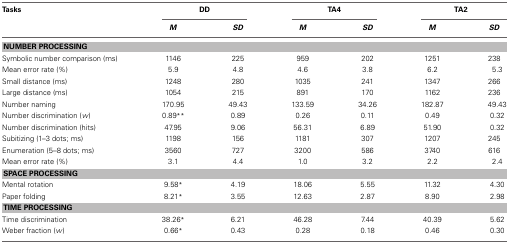
<table><thead><tr><td><b>Tasks</b></td><td colspan="2"><b>DD</b></td><td colspan="2"><b>TA4</b></td><td colspan="2"><b>TA2</b></td></tr><tr><td></td><td><b><i>M</i></b></td><td><b><i>SD</i></b></td><td><b><i>M</i></b></td><td><b><i>SD</i></b></td><td><b><i>M</i></b></td><td><b><i>SD</i></b></td></tr></thead><tbody><tr><td colspan="7"><b>NUMBER PROCESSING</b></td></tr><tr><td>Symbolic number comparison (ms)</td><td>1146</td><td>225</td><td>959</td><td>202</td><td>1251</td><td>238</td></tr><tr><td>Mean error rate (%)</td><td>5.9</td><td>4.8</td><td>4.6</td><td>3.8</td><td>6.2</td><td>5.3</td></tr><tr><td>Small distance (ms)</td><td>1248</td><td>280</td><td>1035</td><td>241</td><td>1347</td><td>266</td></tr><tr><td>Large distance (ms)</td><td>1054</td><td>215</td><td>891</td><td>170</td><td>1162</td><td>236</td></tr><tr><td>Number naming</td><td>170.95</td><td>49.43</td><td>133.59</td><td>34.26</td><td>182.87</td><td>49.43</td></tr><tr><td>Number discrimination (<i>w</i>)</td><td>0.89<sup>**</sup></td><td>0.89</td><td>0.26</td><td>0.11</td><td>0.49</td><td>0.32</td></tr><tr><td>Number discrimination (hits)</td><td>47.95</td><td>9.06</td><td>56.31</td><td>6.89</td><td>51.90</td><td>0.32</td></tr><tr><td>Subitizing (1–3 dots; ms)</td><td>1198</td><td>156</td><td>1181</td><td>307</td><td>1207</td><td>245</td></tr><tr><td>Enumeration (5–8 dots; ms)</td><td>3560</td><td>727</td><td>3200</td><td>586</td><td>3740</td><td>616</td></tr><tr><td>Mean error rate (%)</td><td>3.1</td><td>4.4</td><td>1.0</td><td>3.2</td><td>2.2</td><td>2.4</td></tr><tr><td colspan="7"><b>SPACE PROCESSING</b></td></tr><tr><td>Mental rotation</td><td>9.58<sup>*</sup></td><td>4.19</td><td>18.06</td><td>5.55</td><td>11.32</td><td>4.30</td></tr><tr><td>Paper folding</td><td>8.21<sup>*</sup></td><td>3.55</td><td>12.63</td><td>2.87</td><td>8.90</td><td>2.98</td></tr><tr><td colspan="7"><b>TIME PROCESSING</b></td></tr><tr><td>Time discrimination</td><td>38.26<sup>*</sup></td><td>6.21</td><td>46.28</td><td>7.44</td><td>40.39</td><td>5.62</td></tr><tr><td>Weber fraction (<i>w</i>)</td><td>0.66<sup>*</sup></td><td>0.43</td><td>0.28</td><td>0.18</td><td>0.46</td><td>0.30</td></tr></tbody></table>